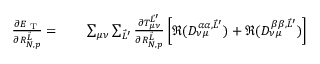
\begin{array} { r l } { \frac { \partial E _ { \textrm { T } } } { \partial R _ { N , p } ^ { \vec { L } } } = } & { { } \phantom { - } ~ \sum _ { \mu \nu } \sum _ { \vec { L } ^ { \prime } } \frac { \partial T _ { \mu \nu } ^ { \vec { L } ^ { \prime } } } { \partial R _ { N , p } ^ { \vec { L } } } \left[ \Re ( D _ { \nu \mu } ^ { \alpha \alpha , \vec { L } ^ { \prime } } ) + \Re ( D _ { \nu \mu } ^ { \beta \beta , \vec { L } ^ { \prime } } ) \right] } \end{array}